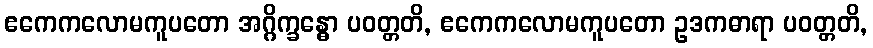
ဧကေကလောမကူပတော အဂ္ဂိက္ခန္ဓော ပဝတ္တတိ, ဧကေကလောမကူပတော ဥဒကဓာရာ ပဝတ္တတိ,